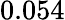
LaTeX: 0.054